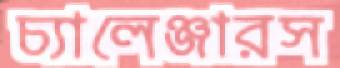
চ্যালেঞ্জারস